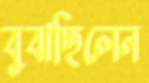
বুঝছিলেন